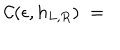
{ \cal C } ( \epsilon , h _ { L , R } ) \; = \;